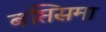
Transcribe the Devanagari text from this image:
बप्तिसमा